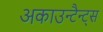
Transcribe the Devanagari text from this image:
अकाउन्टैन्ट्स